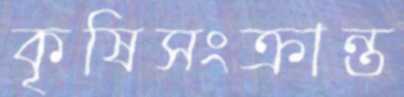
কৃষিসংক্রান্ত